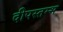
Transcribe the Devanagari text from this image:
दीपस्तम्भ